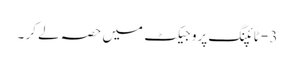
3 - ٹائپنگ پروجیکٹ میں حصہ لے کر ۔